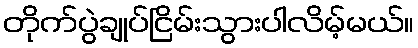
တိုက်ပွဲချုပ်ငြိမ်းသွားပါလိမ့်မယ်။